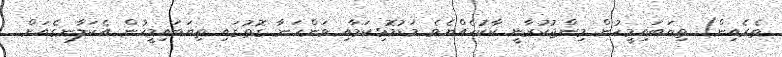
ތެރެއިން) ތިޔަބައިމީހުން މިންޖުކުރާނީ ކާކުހެއްޔެވެެ މަޑުމޮޅިކަމާއި ވަންހަނާ ގޮތުގައި ތިޔަބައިމީހުން އެކަލާނގެއަށް